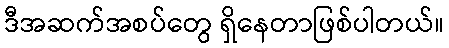
ဒီအဆက်အစပ်တွေ ရှိနေတာဖြစ်ပါတယ်။